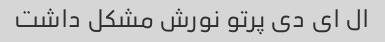
ال ای دی پرتو نورش مشکل داشت